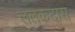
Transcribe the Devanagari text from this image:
ललकदास